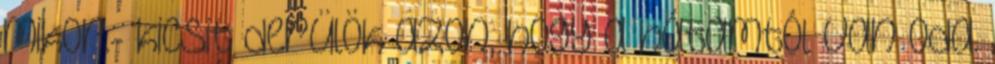
mikor.- kicsit derülök azon, hogy a hátamtól van oda.